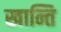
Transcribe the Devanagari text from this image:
खान्ति